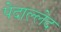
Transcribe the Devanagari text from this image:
पेदाल्लेद